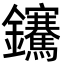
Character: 𨰬